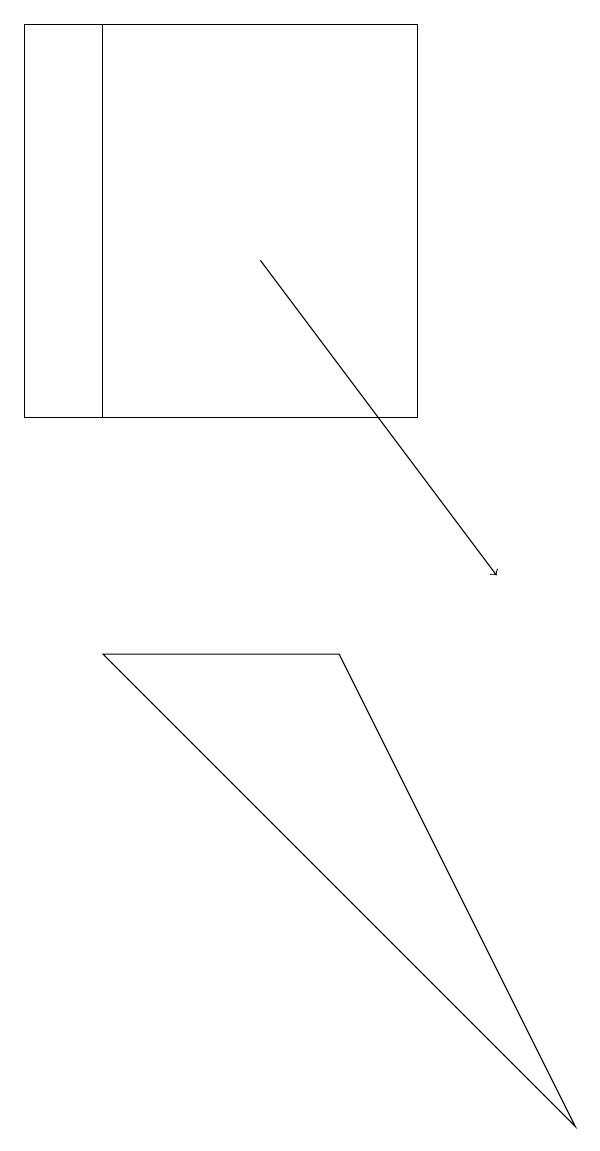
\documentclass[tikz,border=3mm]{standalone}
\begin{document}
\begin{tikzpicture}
\draw (2,12) rectangle (6,17);
\draw (6,12) rectangle (1,17);
\draw (8,3) -- (5,9) -- (2,9) -- cycle;
\draw[->] (4,14) -- (7,10);
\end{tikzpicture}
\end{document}